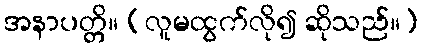
အနာပတ္တိ။ (လူမထွက်လို၍ ဆိုသည်။)